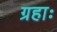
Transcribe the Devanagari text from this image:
ग्रहाः